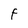
Character: F